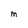
Character: M